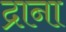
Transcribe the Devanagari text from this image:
द्राना